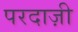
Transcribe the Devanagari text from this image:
परदाज़ी